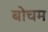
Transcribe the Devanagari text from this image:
बोचम